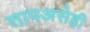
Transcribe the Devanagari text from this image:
तापअसेही